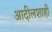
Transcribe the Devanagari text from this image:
आदीलशाही